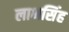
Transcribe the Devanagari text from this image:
लाभसिंह